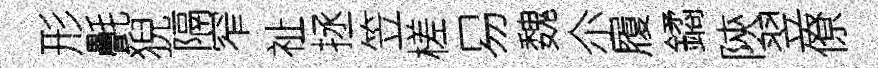
形㲲猊隔窄祉拯笠槎易魏尒履鐍陝翌僚